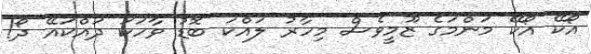
އޯކޭ އޯކޭ މަންމަގެ ޒޫމީވެސް މިހާރު ލައްކަ ބޮޑު ވާހަކަ ދައްކައޭ ދޯ!